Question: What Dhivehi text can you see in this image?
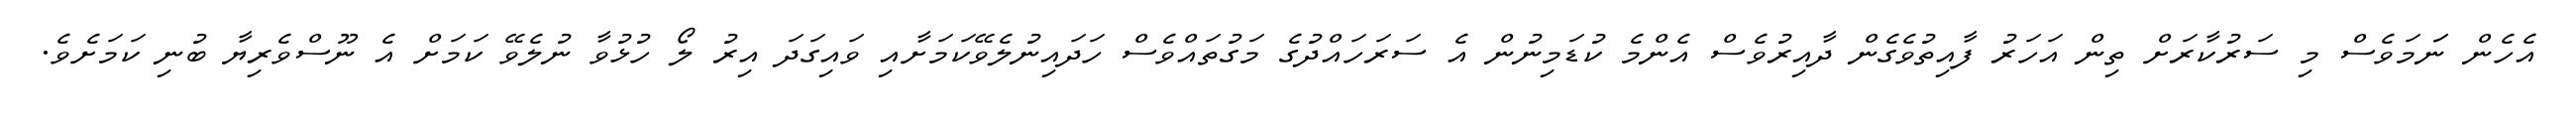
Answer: އެހެން ނަަމަވެސް މި ސަރުކާރަށް ތިން އަހަރު ފާއިތުވެގެން ދާއިރުވެސް އެންމެ ކުޑަމިނުން އެ ސަރަހައްދުގެ މަގުތައްވެސް ހަދައިނުލެވޭކަމަށާއި ވައިގަދަ އިރު ލޯ ހުޅުވާ ނުލެވޭ ކަމަށް އެ ނޫސްވެރިޔާ ބުނި ކަމަށެވެ.